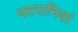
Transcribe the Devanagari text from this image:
पटरानियां